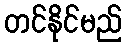
တင်နိုင်မည်